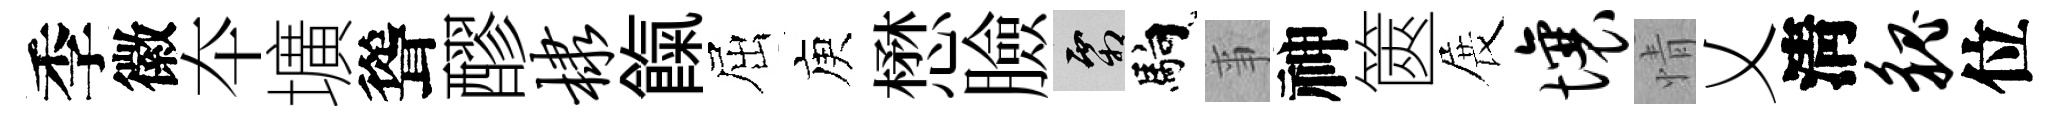
季徽夲壙聳醪棣餼屈庾懋臉霜馿亊神篋展壤情乂淸貌位